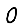
Digit: 0